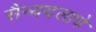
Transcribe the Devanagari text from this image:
सैन्यदलाचे